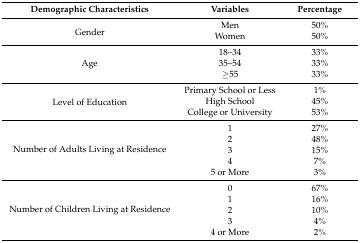
<table><thead><tr><td><b>Demographic Characteristics</b></td><td><b>Variables</b></td><td><b>Percentage</b></td></tr></thead><tbody><tr><td rowspan="2">Gender</td><td>Men</td><td>50%</td></tr><tr><td>Women</td><td>50%</td></tr><tr><td rowspan="3">Age</td><td>18–34</td><td>33%</td></tr><tr><td>35–54</td><td>33%</td></tr><tr><td>≥55</td><td>33%</td></tr><tr><td rowspan="3">Level of Education</td><td>Primary School or Less</td><td>1%</td></tr><tr><td>High School</td><td>45%</td></tr><tr><td>College or University</td><td>53%</td></tr><tr><td rowspan="5">Number of Adults Living at Residence</td><td>1</td><td>27%</td></tr><tr><td>2</td><td>48%</td></tr><tr><td>3</td><td>15%</td></tr><tr><td>4</td><td>7%</td></tr><tr><td>5 or More</td><td>3%</td></tr><tr><td rowspan="5">Number of Children Living at Residence</td><td>0</td><td>67%</td></tr><tr><td>1</td><td>16%</td></tr><tr><td>2</td><td>10%</td></tr><tr><td>3</td><td>4%</td></tr><tr><td>4 or More</td><td>2%</td></tr></tbody></table>